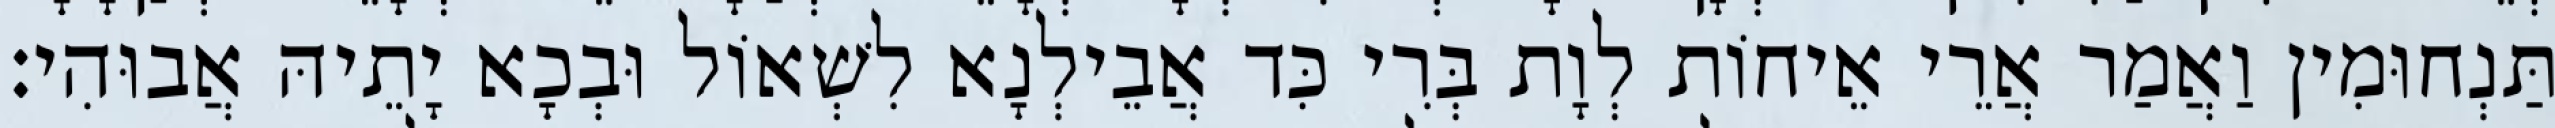
תַּנְחוּמִין וַאֲמַר אֲרֵי אֵיחוֹת לְוָת בְּרִי כִּד אֲבֵילְנָא לִשְׁאוֹל וּבְכָא יָתֵיהּ אֲבוּהִי׃